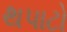
થપાટો